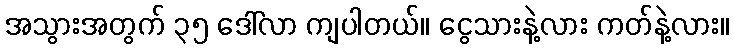
အသွားအတွက် ၃၅ ဒေါ်လာ ကျပါတယ်။ ငွေသားနဲ့လား ကတ်နဲ့လား။